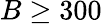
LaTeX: B\geq 300